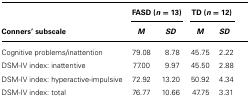
<table><thead><tr><td></td><td colspan="2"><b>FASD (<i>n</i> = 13)</b></td><td colspan="2"><b>TD (<i>n</i> = 12)</b></td></tr><tr><td><b>Conners’ subscale</b></td><td><b><i>M</i></b></td><td><b><i>SD</i></b></td><td><b><i>M</i></b></td><td><b><i>SD</i></b></td></tr></thead><tbody><tr><td>Cognitive problems/inattention</td><td>79.08</td><td>8.78</td><td>45.75</td><td>2.22</td></tr><tr><td>DSM-IV index: inattentive</td><td>77.00</td><td>9.97</td><td>45.50</td><td>2.88</td></tr><tr><td>DSM-IV index: hyperactive-impulsive</td><td>72.92 </td><td>13.20</td><td>50.92</td><td>4.34</td></tr><tr><td>DSM-IV index: total</td><td>76.77</td><td>10.66</td><td>47.75</td><td>3.31</td></tr></tbody></table>